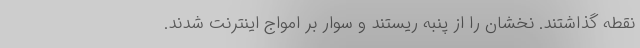
نقطه گذاشتند. نخشان را از پنبه ریستند و سوار بر امواج اینترنت شدند.